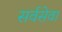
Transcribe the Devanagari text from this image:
सर्वसेवा